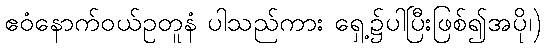
ဧဝံနောက်ဝယ်ဥတူနံ ပါသည်ကား ရှေ့၌ပါပြီးဖြစ်၍အပို၊)